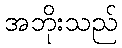
အဘိုးသည်